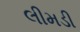
લીમડી